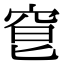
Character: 䆞